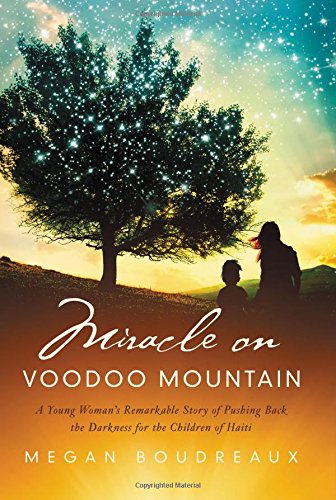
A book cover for Miracle on Voodoo Mountain: A Young Woman's Remarkable Story of Pushing Back the Darkness for the Children of Haiti; Megan Boudreaux; Christian Books & Bibles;